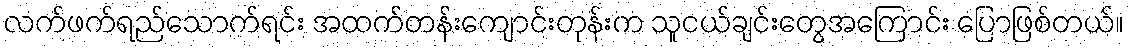
လက်ဖက်ရည်သောက်ရင်း အထက်တန်းကျောင်းတုန်းက သူငယ်ချင်းတွေအကြောင်း ပြောဖြစ်တယ်။